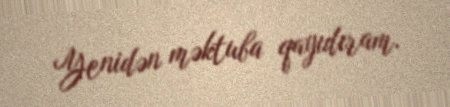
Yenidən məktuba qayıdıram.